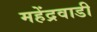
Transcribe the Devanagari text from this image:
महेंद्रवाडी